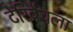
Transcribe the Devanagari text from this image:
टेरिब्रैचला